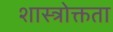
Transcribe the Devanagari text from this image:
शास्त्रोक्तता